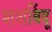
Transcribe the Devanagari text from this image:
शशबिंदू